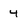
Character: 4